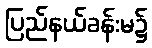
ပြည်နယ်ခန်းမ၌